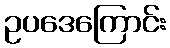
ဥပဒေကြောင်း